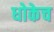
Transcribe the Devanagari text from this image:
धोकेच